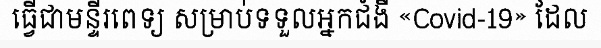
ធ្វើជាមន្ទីរពេទ្យ សម្រាប់ទទួលអ្នកជំងឺ «Covid-19» ដែល